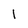
Character: 1